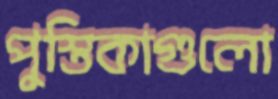
পুস্তিকাগুলো